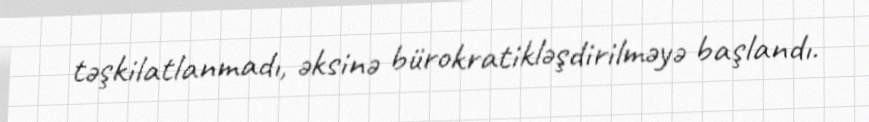
təşkilatlanmadı, əksinə bürokratikləşdirilməyə başlandı.